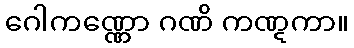
ဂေါကဏ္ဏော ဂဏိ ကဏ္ဋကာ။